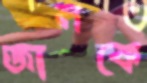
জানকে